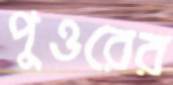
পুওরের